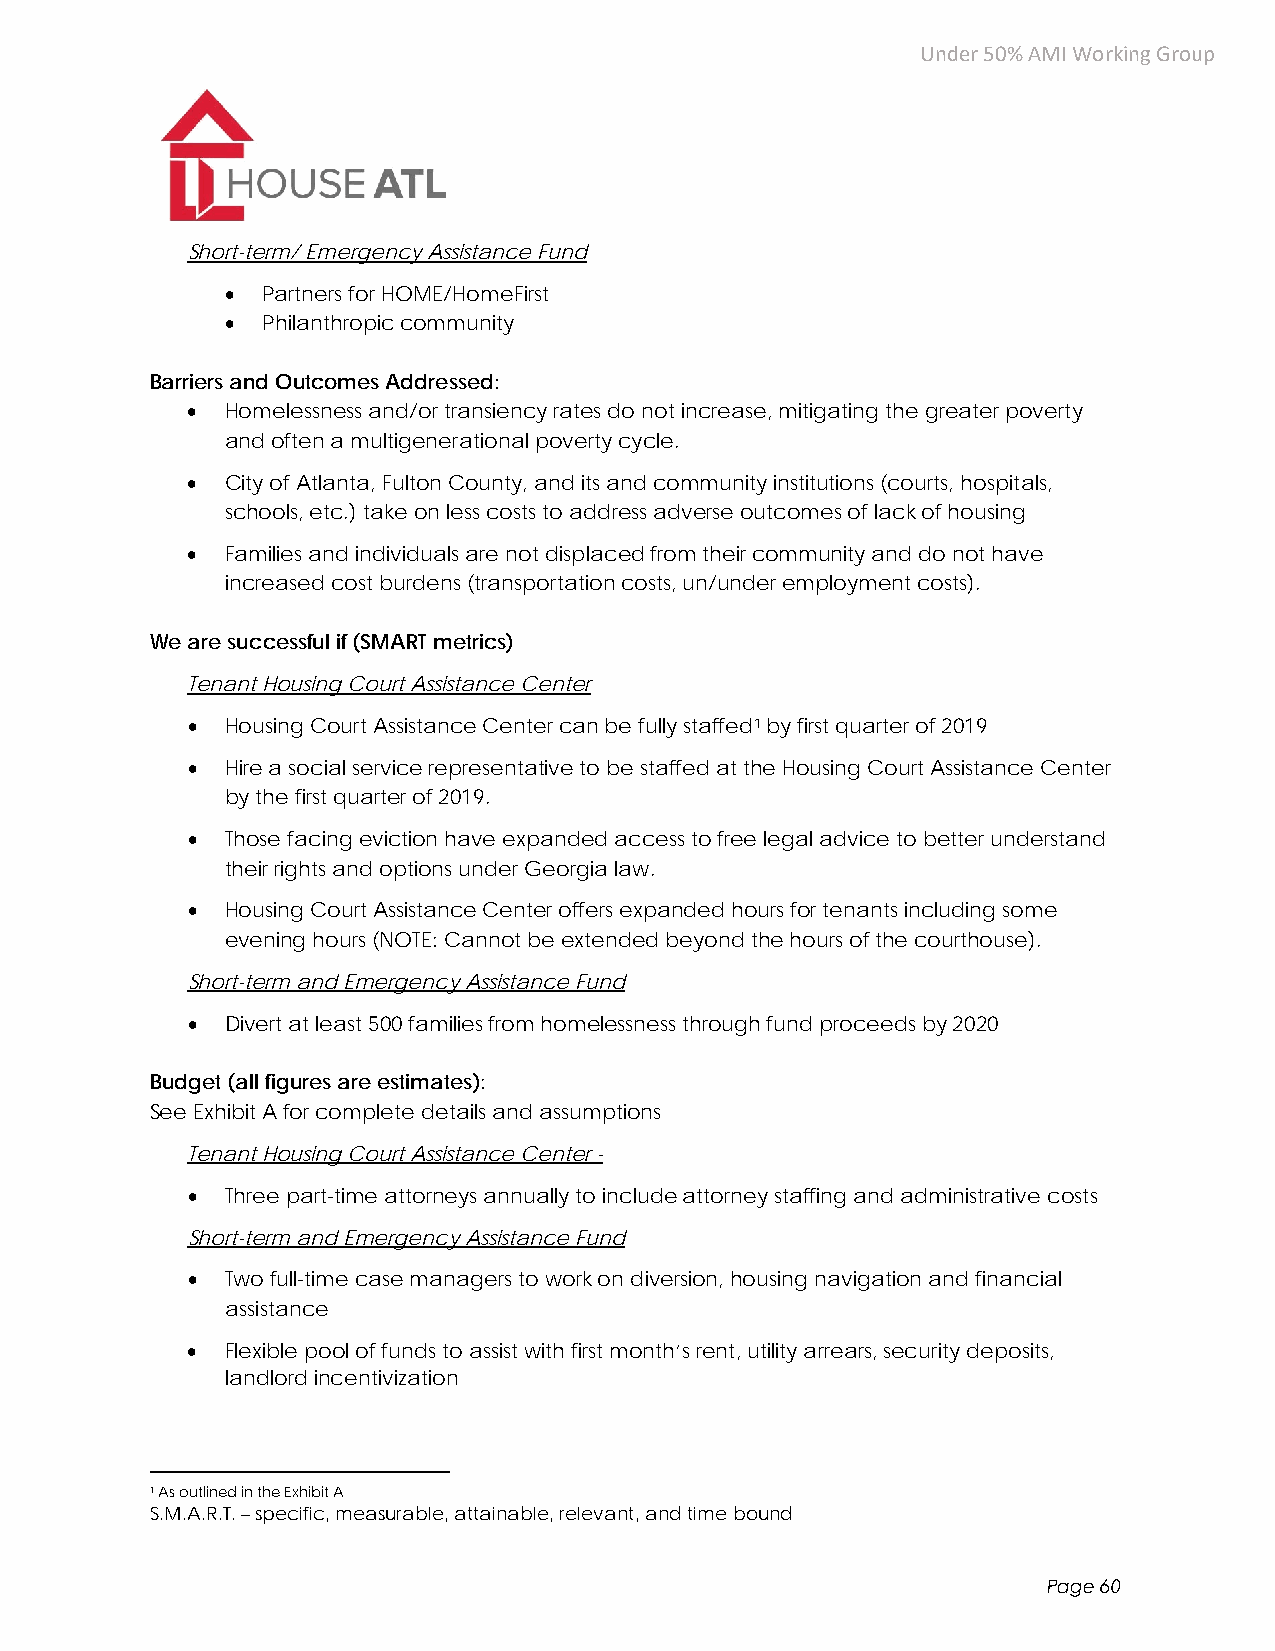
Under 50% AMI Working Group
 Short-term/ Emergency Assistance Fund
  Partners for HOME/HomeFirst
  Philanthropic community
 Barriers and Outcomes Addressed:
   Homelessness and/or transiency rates do not increase, mitigating the greater poverty
 and often a multigenerational poverty cycle.
   City of Atlanta, Fulton County, and its and community institutions (courts, hospitals,
 schools, etc.) take on less costs to address adverse outcomes of lack of housing
   Families and individuals are not displaced from their community and do not have
 increased cost burdens (transportation costs, un/under employment costs).
 We are successful if (SMART metrics)
 Tenant Housing Court Assistance Center
   Housing Court Assistance Center can be fully staffed1 by first quarter of 2019
   Hire a social service representative to be staffed at the Housing Court Assistance Center
 by the first quarter of 2019.
   Those facing eviction have expanded access to free legal advice to better understand
 their rights and options under Georgia law.
   Housing Court Assistance Center offers expanded hours for tenants including some
 evening hours (NOTE: Cannot be extended beyond the hours of the courthouse).
 Short-term and Emergency Assistance Fund
   Divert at least 500 families from homelessness through fund proceeds by 2020
 Budget (all figures are estimates):
 See Exhibit A for complete details and assumptions
 Tenant Housing Court Assistance Center -
   Three part-time attorneys annually to include attorney staffing and administrative costs
 Short-term and Emergency Assistance Fund
   Two full-time case managers to work on diversion, housing navigation and financial
 assistance
   Flexible pool of funds to assist with first month’s rent, utility arrears, security deposits,
 landlord incentivization
 1 As outlined in the Exhibit A
 S.M.A.R.T. – specific, measurable, attainable, relevant, and time bound
 Page 60